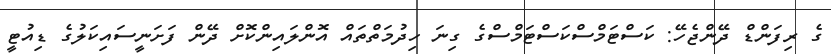
ގެ ރިފަންޑް ދޭންޖެހޭ: ކަސްޓަމްސްކަސްޓަމްސްގެ ގިނަ ހިދުމަތްތައް އޮންލައިންކޮށް ދޭން ފަށަނީސައިކަލުގެ ޑިއުޓީ